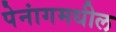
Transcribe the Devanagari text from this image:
पेनांगमधील